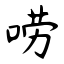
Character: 唠